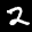
Label: 2